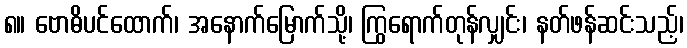
၈။ ဗောဓိပင်ထောက်၊ အနောက်မြောက်သို့၊ ကြွရောက်တုန်လျှင်း၊ နတ်ဖန်ဆင်းသည့်၊